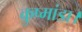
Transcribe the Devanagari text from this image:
कुष्मांडा।